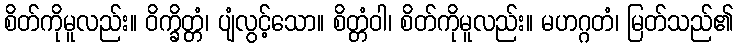
စိတ်ကိုမူလည်း။ ဝိက္ခိတ္တံ၊ ပျံလွင့်သော။ စိတ္တံဝါ၊ စိတ်ကိုမူလည်း။ မဟဂ္ဂတံ၊ မြတ်သည်၏